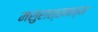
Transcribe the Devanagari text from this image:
मसुराश्रमाच्या